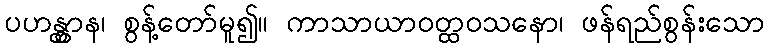
ပဟန္တွာန၊ စွန့်တော်မူ၍။ ကာသာယာဝတ္ထဝသနော၊ ဖန်ရည်စွန်းသော